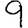
Digit: 9